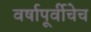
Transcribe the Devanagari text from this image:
वर्षापूर्वीचेच